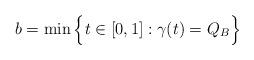
LaTeX: \begin{align*}b= \min \Big\{ t \in [0,1] : \gamma(t) = Q_B \Big\}\end{align*}